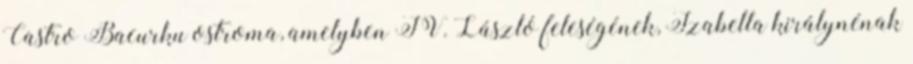
Castro Bacurku ostroma, amelyben IV. László feleségének, Izabella királynénak